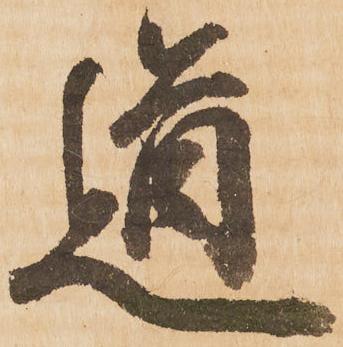
道